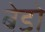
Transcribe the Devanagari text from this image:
बेडो